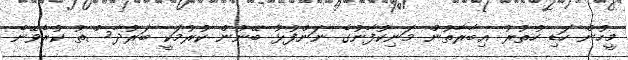
މީހުން ހަޑި ހުތުރު ޢިބާރާތުން މަނިކުފާނުގެ ނަންފުޅު ބޭނުން ކުރުމަކީ ބަރުދާސްތު ކުރެވޭނެ